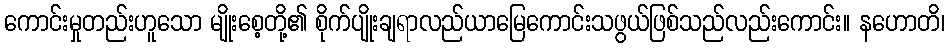
ကောင်းမှုတည်းဟူသော မျိုးစေ့တို့၏ စိုက်ပျိုးချရာလည်ယာမြေကောင်းသဖွယ်ဖြစ်သည်လည်းကောင်း။ နဟောတိ၊